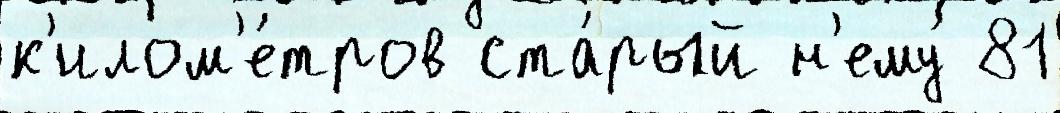
к'илом'е́тров ста́рый н'ему́ 81